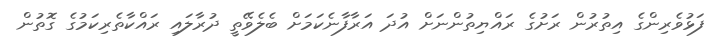
ފަޅުވެރިންގެ އިތުރުން ރަށުގެ ރައްޔިތުންނަށް އުދަ އަރާފާނެކަމަށް ބެލެވޭތީ ދުރާލައި ރައްކާތެރިކަމުގެ ގޮތުން